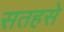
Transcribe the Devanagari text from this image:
सतहसे